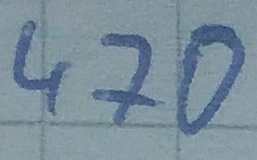
Text: 470